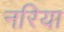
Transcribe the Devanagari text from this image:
नरिया